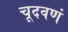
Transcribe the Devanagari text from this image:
चूदवणं